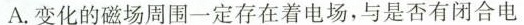
A.变化的磁场周围一定存在着电场，与是否有闭合电